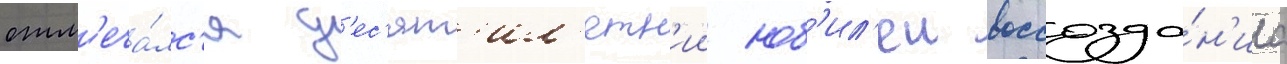
отм'еча́лс'я д'ес'ят'ил'етн'ии юб'ил'еи воссозда́н'иа